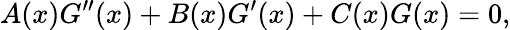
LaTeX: A(x)G^{\prime\prime}(x)+B(x)G^{\prime}(x)+C(x)G(x)=0,